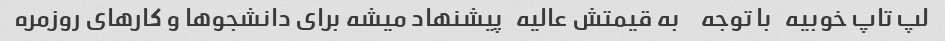
لپ تاپ خوبیه   با توجه     به قیمتش عالیه   پیشنهاد میشه برای دانشجوها و کارهای روزمره